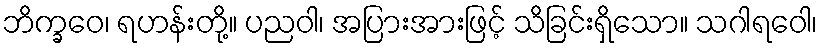
ဘိက္ခဝေ၊ ရဟန်းတို့။ ပညဝါ၊ အပြားအားဖြင့် သိခြင်းရှိသော။ သဂါရဝေါ၊